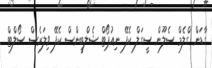
ގާޑަން ގްލެމް ސެލޫން ސީގަލް ކެފޭ ނިއުޕޯޓް ޝެލްބީންސް ކެފޭ ވިލަރެސް ސޯލްޓް